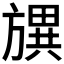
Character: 𣄗